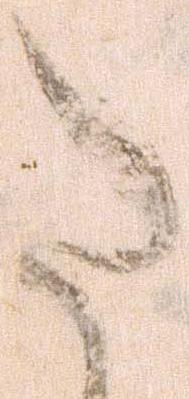
た